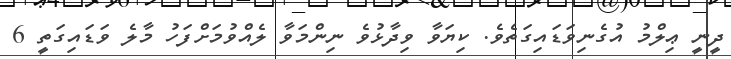
ދީނީ ޢިލްމު އުގެނިވަޑައިގަތެވެ. ކިޔަވާ ވިދާޅުވެ ނިންމަވާ ލެއްވުމަށްފަހު މާލެ ވަޑައިގަތީ 6